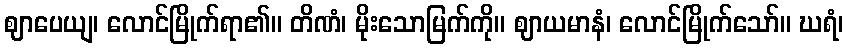
ဈာပေယျ၊ လောင်မြိုက်ရာ၏။ တိဏံ၊ မိုးသောမြက်ကို။ ဈာယမာနံ၊ လောင်မြိုက်သော်။ ဃရံ၊